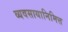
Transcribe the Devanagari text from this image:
व्यवसायानिमित्त